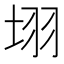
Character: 𭎛